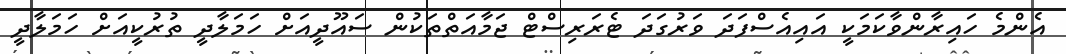
އެންމެ ހައިރާންވާކަމަކީ އައިއެސްފަދަ ވަރުގަދަ ޓެރަރިސްޓް ޖަމާއަތްތަކުން ސައޫދީއަށް ހަމަލާދީ ތުރުކީއަށް ހަމަލާދީ